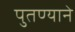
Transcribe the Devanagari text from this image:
पुतण्याने